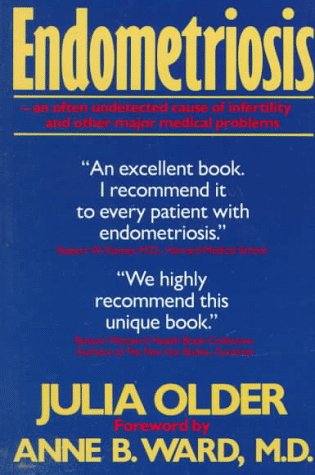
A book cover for Endometriosis; Julia Older; Health, Fitness & Dieting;